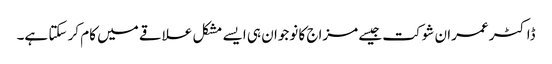
ڈاکٹر عمران شوکت جیسے مزاج کا نوجوان ہی ایسے مشکل علاقے میں کام کر سکتا ہے۔